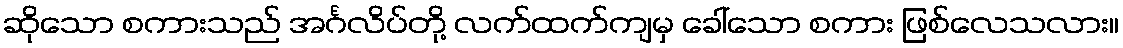
ဆိုသော စကားသည် အင်္ဂလိပ်တို့ လက်ထက်ကျမှ ခေါ်သော စကား ဖြစ်လေသလား။